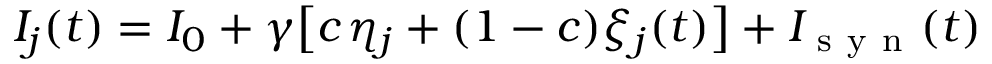
I _ { j } ( t ) = I _ { 0 } + \gamma \big [ c \; \! \eta _ { j } + ( 1 - c ) \xi _ { j } ( t ) \big ] + I _ { \mathrm { ~ s ~ y ~ n ~ } } ( t )